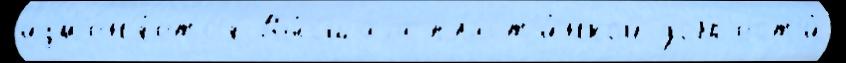
изм'ен'я́етс'я Вы́сшаjа пласт'и́нкой добр'ест'и́